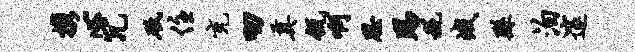
携心冗砥住充叨奠瓴啊思踢税峨繇泊邃